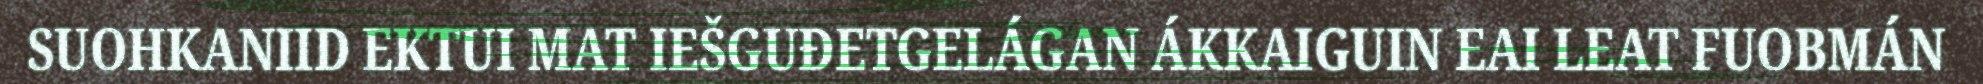
SUOHKANIID EKTUI MAT IEŠGUĐETGELÁGAN ÁKKAIGUIN EAI LEAT FUOBMÁN